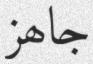
جاھز